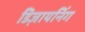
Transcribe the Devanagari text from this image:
डिज़ायनिंग